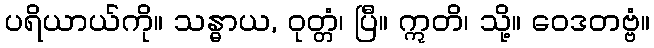
ပရိယာယ်ကို။ သန္ဓာယ, ဝုတ္တံ၊ ပြီ။ ဣတိ၊ သို့။ ဝေဒတဗ္ဗံ။